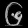
Digit: ၆